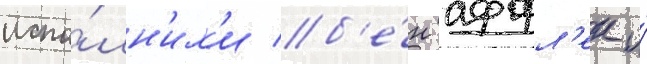
испо́лн'ил'и б'е́н аффл'ек и́